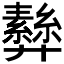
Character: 𢍵